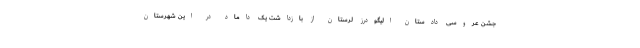
جشن عروسی دادستان الیگودرز لرستان از بازداشت یک داماد در این شهرستان